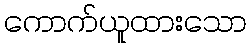
ကောက်ယူထားသော